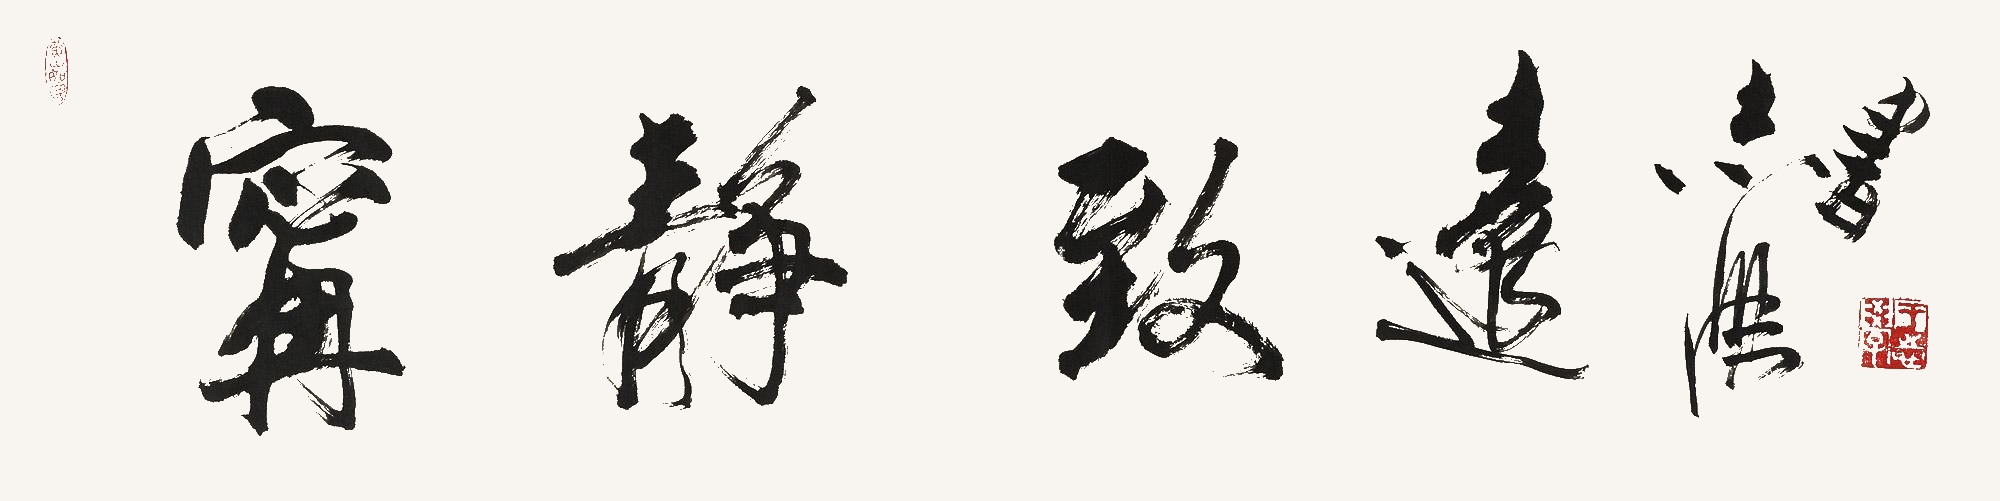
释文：宁静致远志学书。